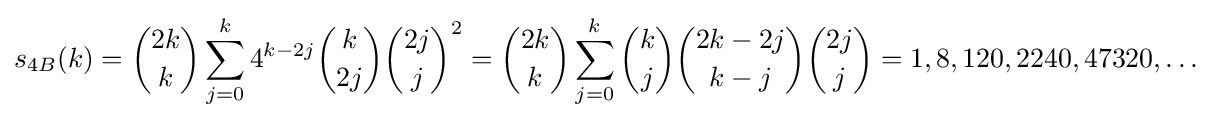
s_{4B}(k)={\binom {2k}{k}}\sum _{j=0}^{k}4^{k-2j}{\binom {k}{2j}}{\binom {2j}{j}}^{2}={\binom {2k}{k}}\sum _{j=0}^{k}{\binom {k}{j}}{\binom {2k-2j}{k-j}}{\binom {2j}{j}}=1,8,120,2240,47320,\ldots